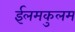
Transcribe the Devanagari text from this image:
ईलमकुलम